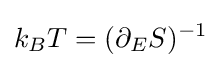
k_{B}T=(\partial _{E}S)^{-1}